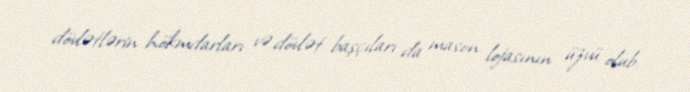
dövlətlərin hökmdarları və dövlət başçıları da mason lojasının üzvü olub.